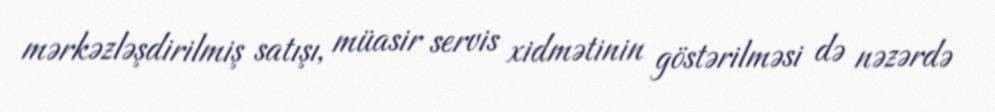
mərkəzləşdirilmiş satışı, müasir servis xidmətinin göstərilməsi də nəzərdə